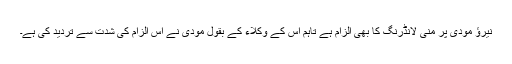
نیرؤ مودی پر منی لانڈرنگ کا بھی الزام ہے تاہم اس کے وکلاء کے بقول مودی نے اس الزام کی شدت سے تردید کی ہے۔